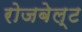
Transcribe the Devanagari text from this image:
रोजबेल्ट